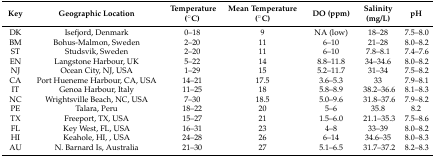
<table><thead><tr><td><b>Key</b></td><td><b>Geographic Location</b></td><td><b>Temperature (°C)</b></td><td><b>Mean Temperature (°C)</b></td><td><b>DO (ppm)</b></td><td><b>Salinity (mg/L)</b></td><td><b>pH</b></td></tr></thead><tbody><tr><td>DK</td><td>Isefjord, Denmark</td><td>0–18</td><td>9</td><td>NA (low)</td><td>18–28</td><td>7.5–8.0</td></tr><tr><td>BM</td><td>Bohus-Malmon, Sweden</td><td>2–20</td><td>11</td><td>6–10</td><td>21–28</td><td>8.0–8.2</td></tr><tr><td>ST</td><td>Studsvik, Sweden</td><td>2–20</td><td>11</td><td>6–10</td><td>7.8–8.1</td><td>7.4–7.6</td></tr><tr><td>EN</td><td>Langstone Harbour, UK</td><td>5–22</td><td>14</td><td>8.8–11.8</td><td>34–34.6 </td><td>8.0–8.2</td></tr><tr><td>NJ</td><td>Ocean City, NJ, USA</td><td>1–29</td><td>15</td><td>5.2–11.7</td><td>31–34</td><td>7.5–8.2</td></tr><tr><td>CA</td><td>Port Hueneme Harbour, CA, USA</td><td>14–21</td><td>17.5</td><td>3.6–5.3</td><td>33</td><td>7.9–8.1</td></tr><tr><td>IT</td><td>Genoa Harbour, Italy</td><td>11–25</td><td>18</td><td>5.8–8.9</td><td>38.2–36.6</td><td>8.1–8.3</td></tr><tr><td>NC</td><td>Wrightsville Beach, NC, USA</td><td>7–30</td><td>18.5</td><td>5.0–9.6</td><td>31.8–37.6</td><td>7.9–8.2</td></tr><tr><td>PE</td><td>Talara, Peru</td><td>18–22</td><td>20</td><td>5–6</td><td>35.8</td><td>8.2</td></tr><tr><td>TX</td><td>Freeport, TX, USA</td><td>15–27</td><td>21</td><td>1.5–6.0</td><td>21.1–35.3</td><td>7.5–8.6</td></tr><tr><td>FL</td><td>Key West, FL, USA</td><td>16–31</td><td>23</td><td>4–8</td><td>33–39</td><td>8.0–8.2</td></tr><tr><td>HI</td><td>Keahole, HI, , USA</td><td>24–28</td><td>26</td><td>6–14</td><td>34.6–35</td><td>8.0–8.3</td></tr><tr><td>AU</td><td>N. Barnard Is, Australia</td><td>21–30</td><td>27</td><td>5.1–6.5</td><td>31.7–37.2</td><td>8.2–8.3</td></tr></tbody></table>